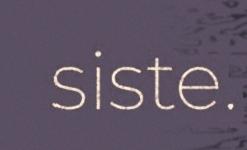
siste.